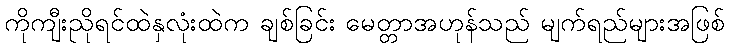
ကိုကျီးညိုရင်ထဲနှလုံးထဲက ချစ်ခြင်း မေတ္တာအဟုန်သည် မျက်ရည်များအဖြစ်